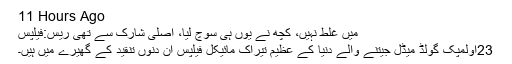
11 Hours Ago
میں غلط نہیں، کچھ نے یوں ہی سوچ لیا، اصلی شارک سے تھی ریس:فیلپس
23اولمپک گولڈ میڈل جیتنے والے دنیا کے عظیم تیراک مائیکل فیلپس ان دنوں تنقید کے گھیرے میں ہیں۔